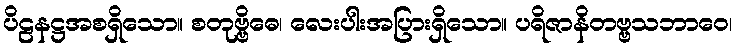
ပိဠနဋ္ဌအစရှိသော။ စတုဗ္ဗိဓေ၊ လေးပါးအပြားရှိသော။ ပရိဇာနိတဗ္ဗသဘာဝေ၊